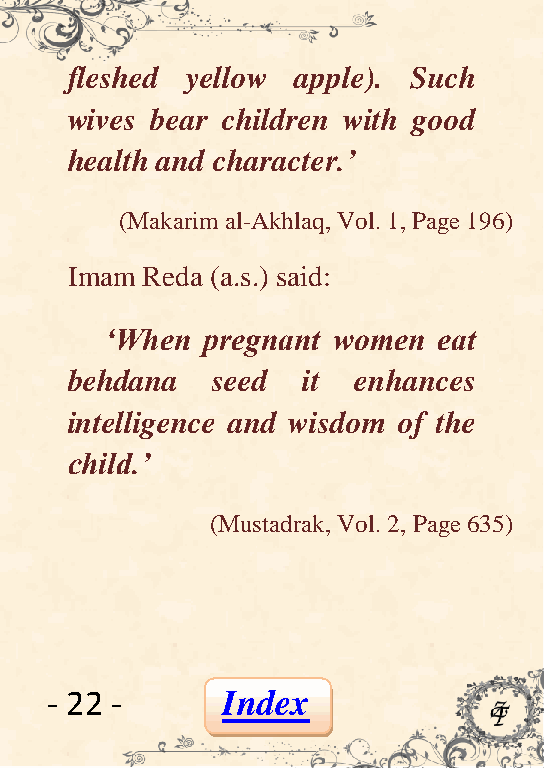
fleshed yellow  apple). Such
 wives bear children with good
 health and character.‟
 (Makarim al-Akhlaq, Vol. 1, Page 196)
 Imam Reda (a.s.) said:
 „When  pregnant women eat
 behdana   seed  it enhances
 intelligence and wisdom of the
 child.‟
 (Mustadrak, Vol. 2, Page 635)
 - 22 -      Index